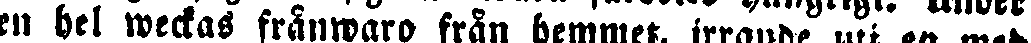
en hel weckas frånwaro från hemmet, irrande uti en med